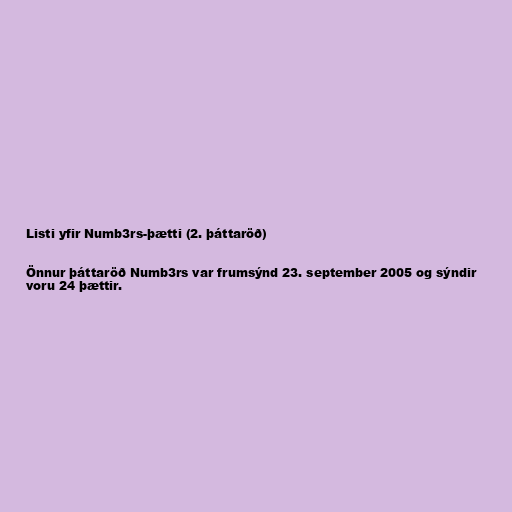
Listi yfir Numb3rs-þætti (2. þáttaröð)

Önnur þáttaröð Numb3rs var frumsýnd 23. september 2005 og sýndir
voru 24 þættir.